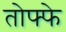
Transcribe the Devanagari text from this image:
तोफ्फे